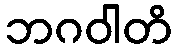
ဘဂဝါတိ